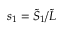
s _ { 1 } = \tilde { S } _ { 1 } / \tilde { L }